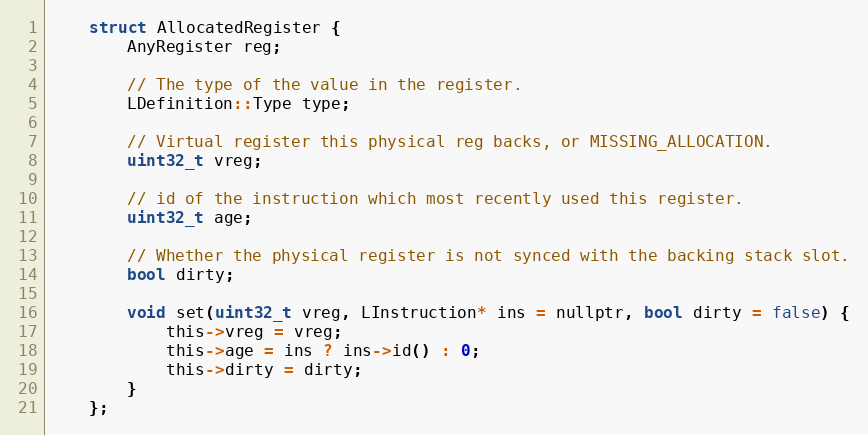
Language: C
    struct AllocatedRegister {
        AnyRegister reg;

        // The type of the value in the register.
        LDefinition::Type type;

        // Virtual register this physical reg backs, or MISSING_ALLOCATION.
        uint32_t vreg;

        // id of the instruction which most recently used this register.
        uint32_t age;

        // Whether the physical register is not synced with the backing stack slot.
        bool dirty;

        void set(uint32_t vreg, LInstruction* ins = nullptr, bool dirty = false) {
            this->vreg = vreg;
            this->age = ins ? ins->id() : 0;
            this->dirty = dirty;
        }
    };